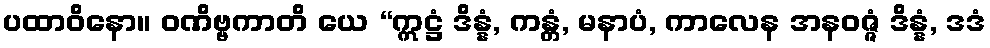
ပထာဝိနော။ ဝဏိဗ္ဗကာတိ ယေ “ဣဋ္ဌံ ဒိန္နံ, ကန္တံ, မနာပံ, ကာလေန အနဝဇ္ဇံ ဒိန္နံ, ဒဒံ